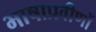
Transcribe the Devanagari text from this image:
भाषाप्रवीणों